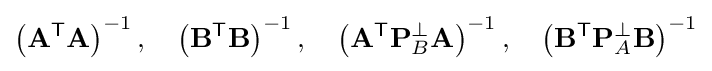
\left(\mathbf {A} ^{\textsf {T}}\mathbf {A} \right)^{-1},\quad \left(\mathbf {B} ^{\textsf {T}}\mathbf {B} \right)^{-1},\quad \left(\mathbf {A} ^{\textsf {T}}\mathbf {P} _{B}^{\perp }\mathbf {A} \right)^{-1},\quad \left(\mathbf {B} ^{\textsf {T}}\mathbf {P} _{A}^{\perp }\mathbf {B} \right)^{-1}